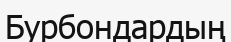
Бурбондардың